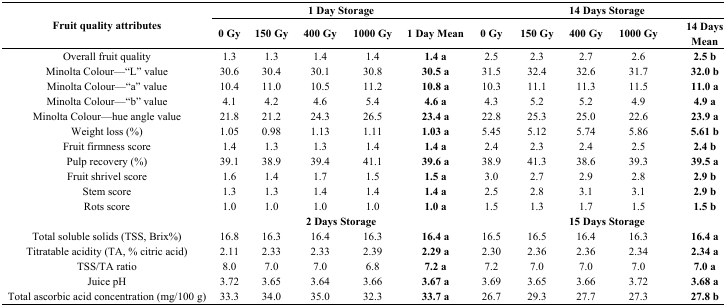
<table><thead><tr><td rowspan="2"><b>Fruit quality attributes</b></td><td colspan="5"><b>1 Day Storage</b></td><td colspan="5"><b>14 Days Storage</b></td></tr><tr><td><b>0 Gy</b></td><td><b>150 Gy</b></td><td><b>400 Gy</b></td><td><b>1000 Gy</b></td><td><b>1 Day Mean</b></td><td><b>0 Gy</b></td><td><b>150 Gy</b></td><td><b>400 Gy</b></td><td><b>1000 Gy</b></td><td><b>14 Days Mean</b></td></tr></thead><tbody><tr><td>Overall fruit quality</td><td>1.3</td><td>1.3</td><td>1.4</td><td>1.4</td><td><b>1.4 a</b></td><td>2.5</td><td>2.3</td><td>2.7</td><td>2.6</td><td><b>2.5 b</b></td></tr><tr><td>Minolta Colour—“L” value</td><td>30.6</td><td>30.4</td><td>30.1</td><td>30.8</td><td><b>30.5 a</b></td><td>31.5</td><td>32.4</td><td>32.6</td><td>31.7</td><td><b>32.0 b</b></td></tr><tr><td>Minolta Colour—“a” value</td><td>10.4</td><td>11.0</td><td>10.5</td><td>11.2</td><td><b>10.8 a</b></td><td>10.3</td><td>11.1</td><td>11.3</td><td>11.5</td><td><b>11.0 a</b></td></tr><tr><td>Minolta Colour—“b” value</td><td>4.1</td><td>4.2</td><td>4.6</td><td>5.4</td><td><b>4.6 a</b></td><td>4.3</td><td>5.2</td><td>5.2</td><td>4.9</td><td><b>4.9 a</b></td></tr><tr><td>Minolta Colour—hue angle value</td><td>21.8</td><td>21.2</td><td>24.3</td><td>26.5</td><td><b>23.4 a</b></td><td>22.8</td><td>25.3</td><td>25.0</td><td>22.6</td><td><b>23.9 a</b></td></tr><tr><td>Weight loss (%)</td><td>1.05</td><td>0.98</td><td>1.13</td><td>1.11</td><td><b>1.03 a</b></td><td>5.45</td><td>5.12</td><td>5.74</td><td>5.86</td><td><b>5.61 b</b></td></tr><tr><td>Fruit firmness score</td><td>1.4</td><td>1.3</td><td>1.3</td><td>1.4</td><td><b>1.4 a</b></td><td>2.4</td><td>2.3</td><td>2.4</td><td>2.5</td><td><b>2.4 b</b></td></tr><tr><td>Pulp recovery (%)</td><td>39.1</td><td>38.9</td><td>39.4</td><td>41.1</td><td><b>39.6 a</b></td><td>38.9</td><td>41.3</td><td>38.6</td><td>39.3</td><td><b>39.5 a</b></td></tr><tr><td>Fruit shrivel score</td><td>1.6</td><td>1.4</td><td>1.7</td><td>1.5</td><td><b>1.5 a</b></td><td>3.0</td><td>2.7</td><td>2.9</td><td>2.8</td><td><b>2.9 b</b></td></tr><tr><td>Stem score</td><td>1.3</td><td>1.3</td><td>1.4</td><td>1.4</td><td><b>1.4 a</b></td><td>2.5</td><td>2.8</td><td>3.1</td><td>3.1</td><td><b>2.9 b</b></td></tr><tr><td>Rots score</td><td>1.0</td><td>1.0</td><td>1.0</td><td>1.0</td><td><b>1.0 a</b></td><td>1.5</td><td>1.3</td><td>1.7</td><td>1.5</td><td><b>1.5 b</b></td></tr><tr><td></td><td colspan="5"><b>2 Days Storage</b></td><td colspan="5"><b>15 Days Storage</b></td></tr><tr><td>Total soluble solids (TSS, Brix%)</td><td>16.8</td><td>16.3</td><td>16.4</td><td>16.3</td><td><b>16.4 a</b></td><td>16.5</td><td>16.5</td><td>16.4</td><td>16.3</td><td><b>16.4 a</b></td></tr><tr><td>Titratable acidity (TA, % citric acid)</td><td>2.11</td><td>2.33</td><td>2.33</td><td>2.39</td><td><b>2.29 a</b></td><td>2.30</td><td>2.36</td><td>2.36</td><td>2.34</td><td><b>2.34 a</b></td></tr><tr><td>TSS/TA ratio</td><td>8.0</td><td>7.0</td><td>7.0</td><td>6.8</td><td><b>7.2 a</b></td><td>7.2</td><td>7.0</td><td>7.0</td><td>7.0</td><td><b>7.0 a</b></td></tr><tr><td>Juice pH</td><td>3.72</td><td>3.65</td><td>3.64</td><td>3.66</td><td><b>3.67 a</b></td><td>3.69</td><td>3.65</td><td>3.66</td><td>3.72</td><td><b>3.68 a</b></td></tr><tr><td>Total ascorbic acid concentration (mg/100 g)</td><td>33.3</td><td>34.0</td><td>35.0</td><td>32.3</td><td><b>33.7 a</b></td><td>26.7</td><td>29.3</td><td>27.7</td><td>27.3</td><td><b>27.8 b</b></td></tr></tbody></table>